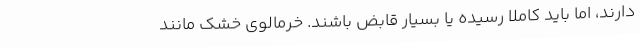
دارند، اما باید کاملا رسیده یا بسیار قابض باشند. خرمالوی خشک مانند